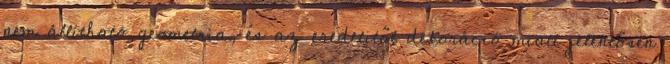
nem állítható geometria, és az eredetitől dekoráció miatt jelentősen